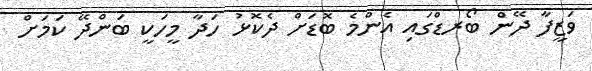
ވަޒީފާ ދޭން ބޯރޑްގައި އެންމެ ބޮޑަށް ދެކޮޅު ހަދާ މީހަކީ ބަންދޭ ކަމަށް